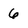
Character: 6